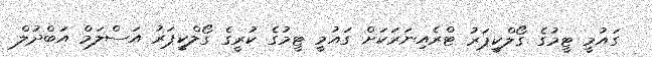
ގައުމީ ޓީމުގެ ގޯލްކީޕަރު ޓްރެއިނަރަކަށް ގައުމީ ޓީމުގެ ކުރީގެ ގޯލްކީޕަރު އަސްލަމް އަބްދުލް